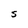
Character: S